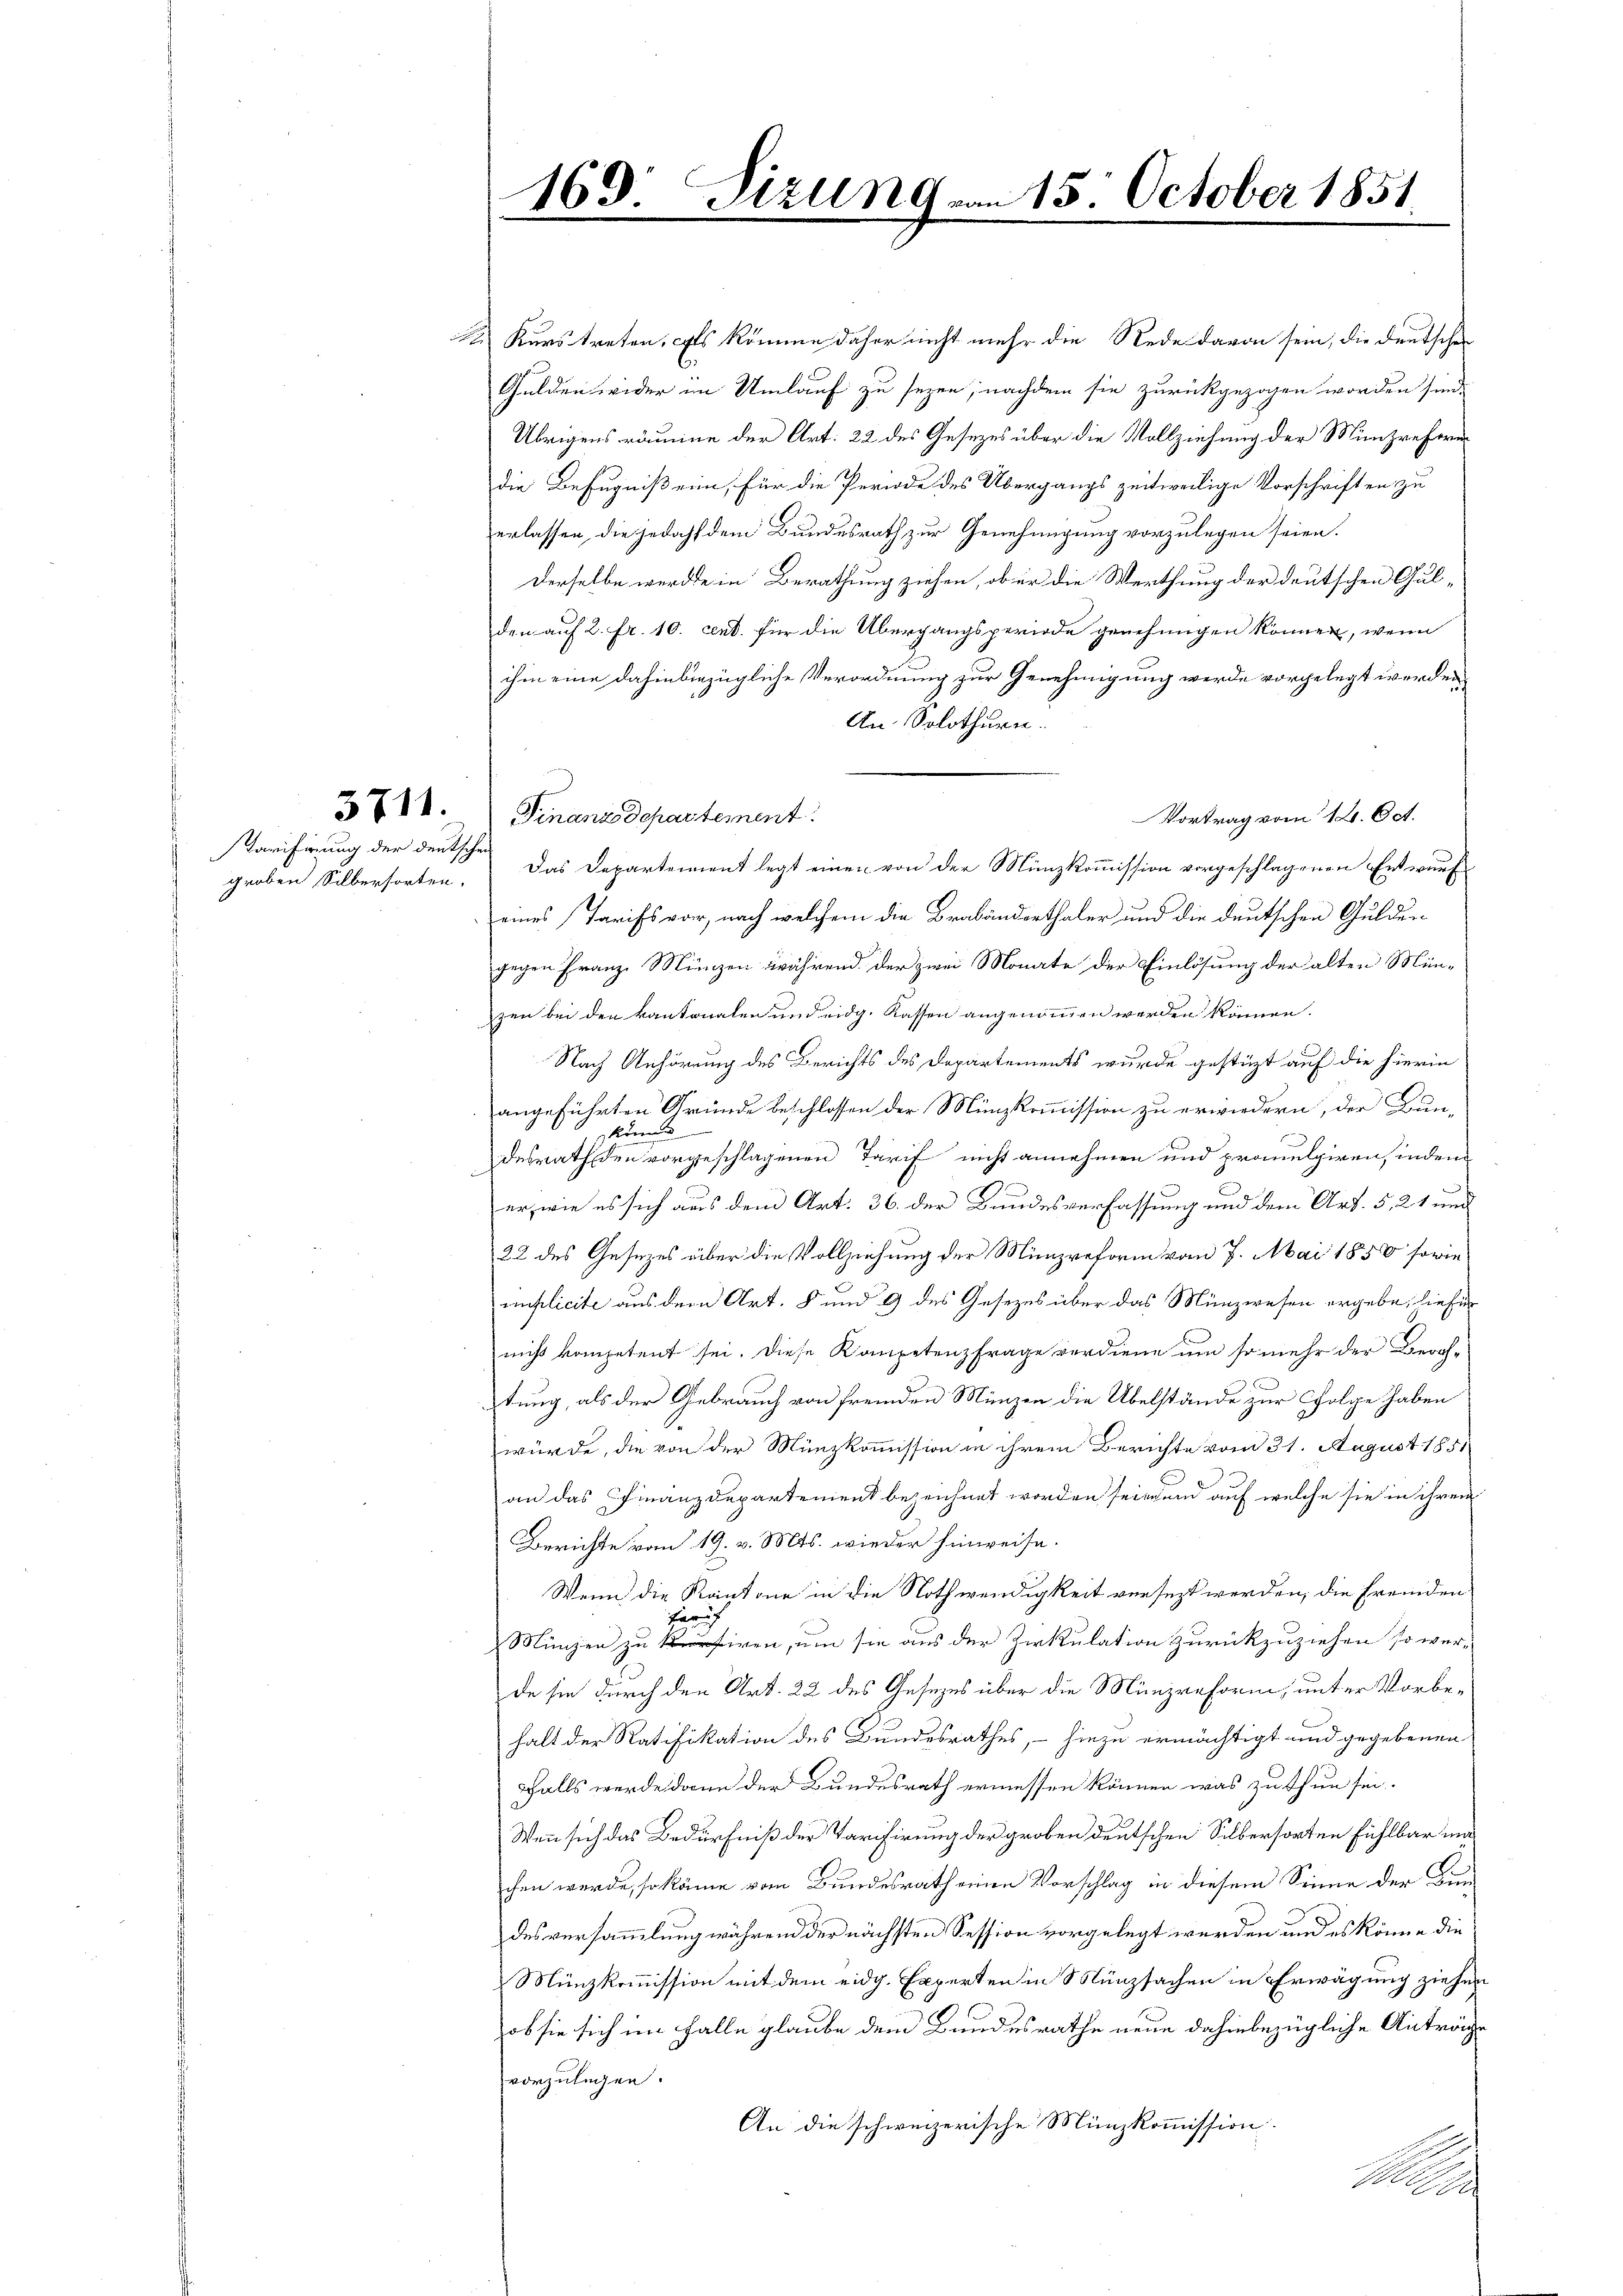
3711.

groben Silbersorten.

169. Sizung vom 15. October 1851
e
2
u

k Kurs treten, als komme daher nicht mehr die Rede davon sein, die deutschen
Gulden wider im Umlauf zu seyen, nachdem sie zurückgezogen worden sind.
Übrigens räume der Art. 22 des Gesezes über die Vollziehung der Minizreferer
die Befugniß ein, für die Periode des Übergangs zeitweilige Vorschriften zu
erlassen, die jedoch dem Bundesrath zur Genehmigung vorzulegen seien.
Derselbe werde in Berathung ziehen, ob er die Werthung der deutschen Gulden auf 2. Fr. 10. cent. für die Übergangsperiode genehmigen können, wenn
ihm eine dahin bezügliche Verordnung zur Genehmigung werde vorgelegt werden.
An Solothurn.
Finanzdepartement
Vortrag vom 12. Oct.
Tarifirung der deutsche Das Departement legt einen von der Münzkommission vorgeschlagenen Entwurf
eines Tarifs vor, nach welchem die Brabanderthaler und die deutschen Gulden
gegen Franz Münzen während der zwei Monate der Einlösung der alten Mün-
zen bei den kantonalen und eidg. Kassen angenommen werden können.
Nach Anhörung des Berichts des Departements wurde gestüzt auf die hierin
angeführten Gründe beschlossen der Münzkommission zu erwiedern, der Bunkönn
desrath den vorgeschlagenen Tarif nicht annehmen und promulgiren, indem
er, wie es sich aus dem Art. 36. der Bundesverfassung und dem Art. 5, 21 und
22 des Gesezes über die Vollziehung der Münzreform vom 7. Mai 1850 sowie
iuplicite aus dem Art. 8 und 9 des Gesezes über das Münzwesen ergebe, hiefür
nicht kompetent sei. Diese Kompetenzfrage verdiene um so mehr der Zürich-
tung, als der Gebrauch von fremden Münzen die Übelstände zur Folge haben
würde, die von der Münzkommission in ihrem Berichte vom 31. August 1851
an das Finanzdepartement bezeichnet worden seien und auf welche sie in ihren
Berichte vom 19. v. Mts. wieder hinweise.
Wenn die Kantone in die Nothwendigkeit versezt werden, die Fremden
sruf
Münzen zu iren, um sie aus der Zirkulation zurückzuziehen so wer-
de sie durch den Art. 22 des Gesezes über die Münzreform, unter Vorbehalt der Ratifikation des Bundesrathes, – hiezu ermächtigt und gegebenen
Falls werde dann der Bundesrath ermessen können, was zu thun sei.
Wenn sich das Bedürfniß der Tarifirung der groben deutschen Silbersorten fühlbar ma
chen werde, so käme vom Bundesrath einen Vorschlag in diesem Sinne der Bundesversammlung während der nächsten Session vorgelegt werden und es könne die
Münzkommission mit dem eidg. Experten in Münzsachen in Erwägung ziehen
ob sie sich im Falle glaube dem Bundesrathe neue dahinbezügliche Anträge
vorzulegen.
An die schweizerische Münzkommission.
i